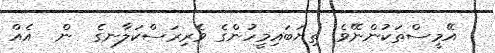
އޭމީސްތަކުންނޭވެ! ތިޔަބައިމީހުންގެ ވެރިރަސްކަލާނގެ  ން  އެއް